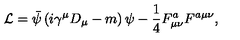
{ \cal L } = \bar { \psi } \left( i \gamma ^ { \mu } D _ { \mu } - m \right) \psi - { \frac { 1 } { 4 } } F _ { \mu \nu } ^ { a } F ^ { a \mu \nu } ,